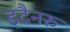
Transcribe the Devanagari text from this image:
इदैनरु